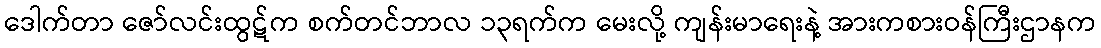
ဒေါက်တာ ဇော်လင်းထွဋ်က စက်တင်ဘာလ ၁၃ရက်က မေးလို့ ကျန်းမာရေးနဲ့ အားကစားဝန်ကြီးဌာနက